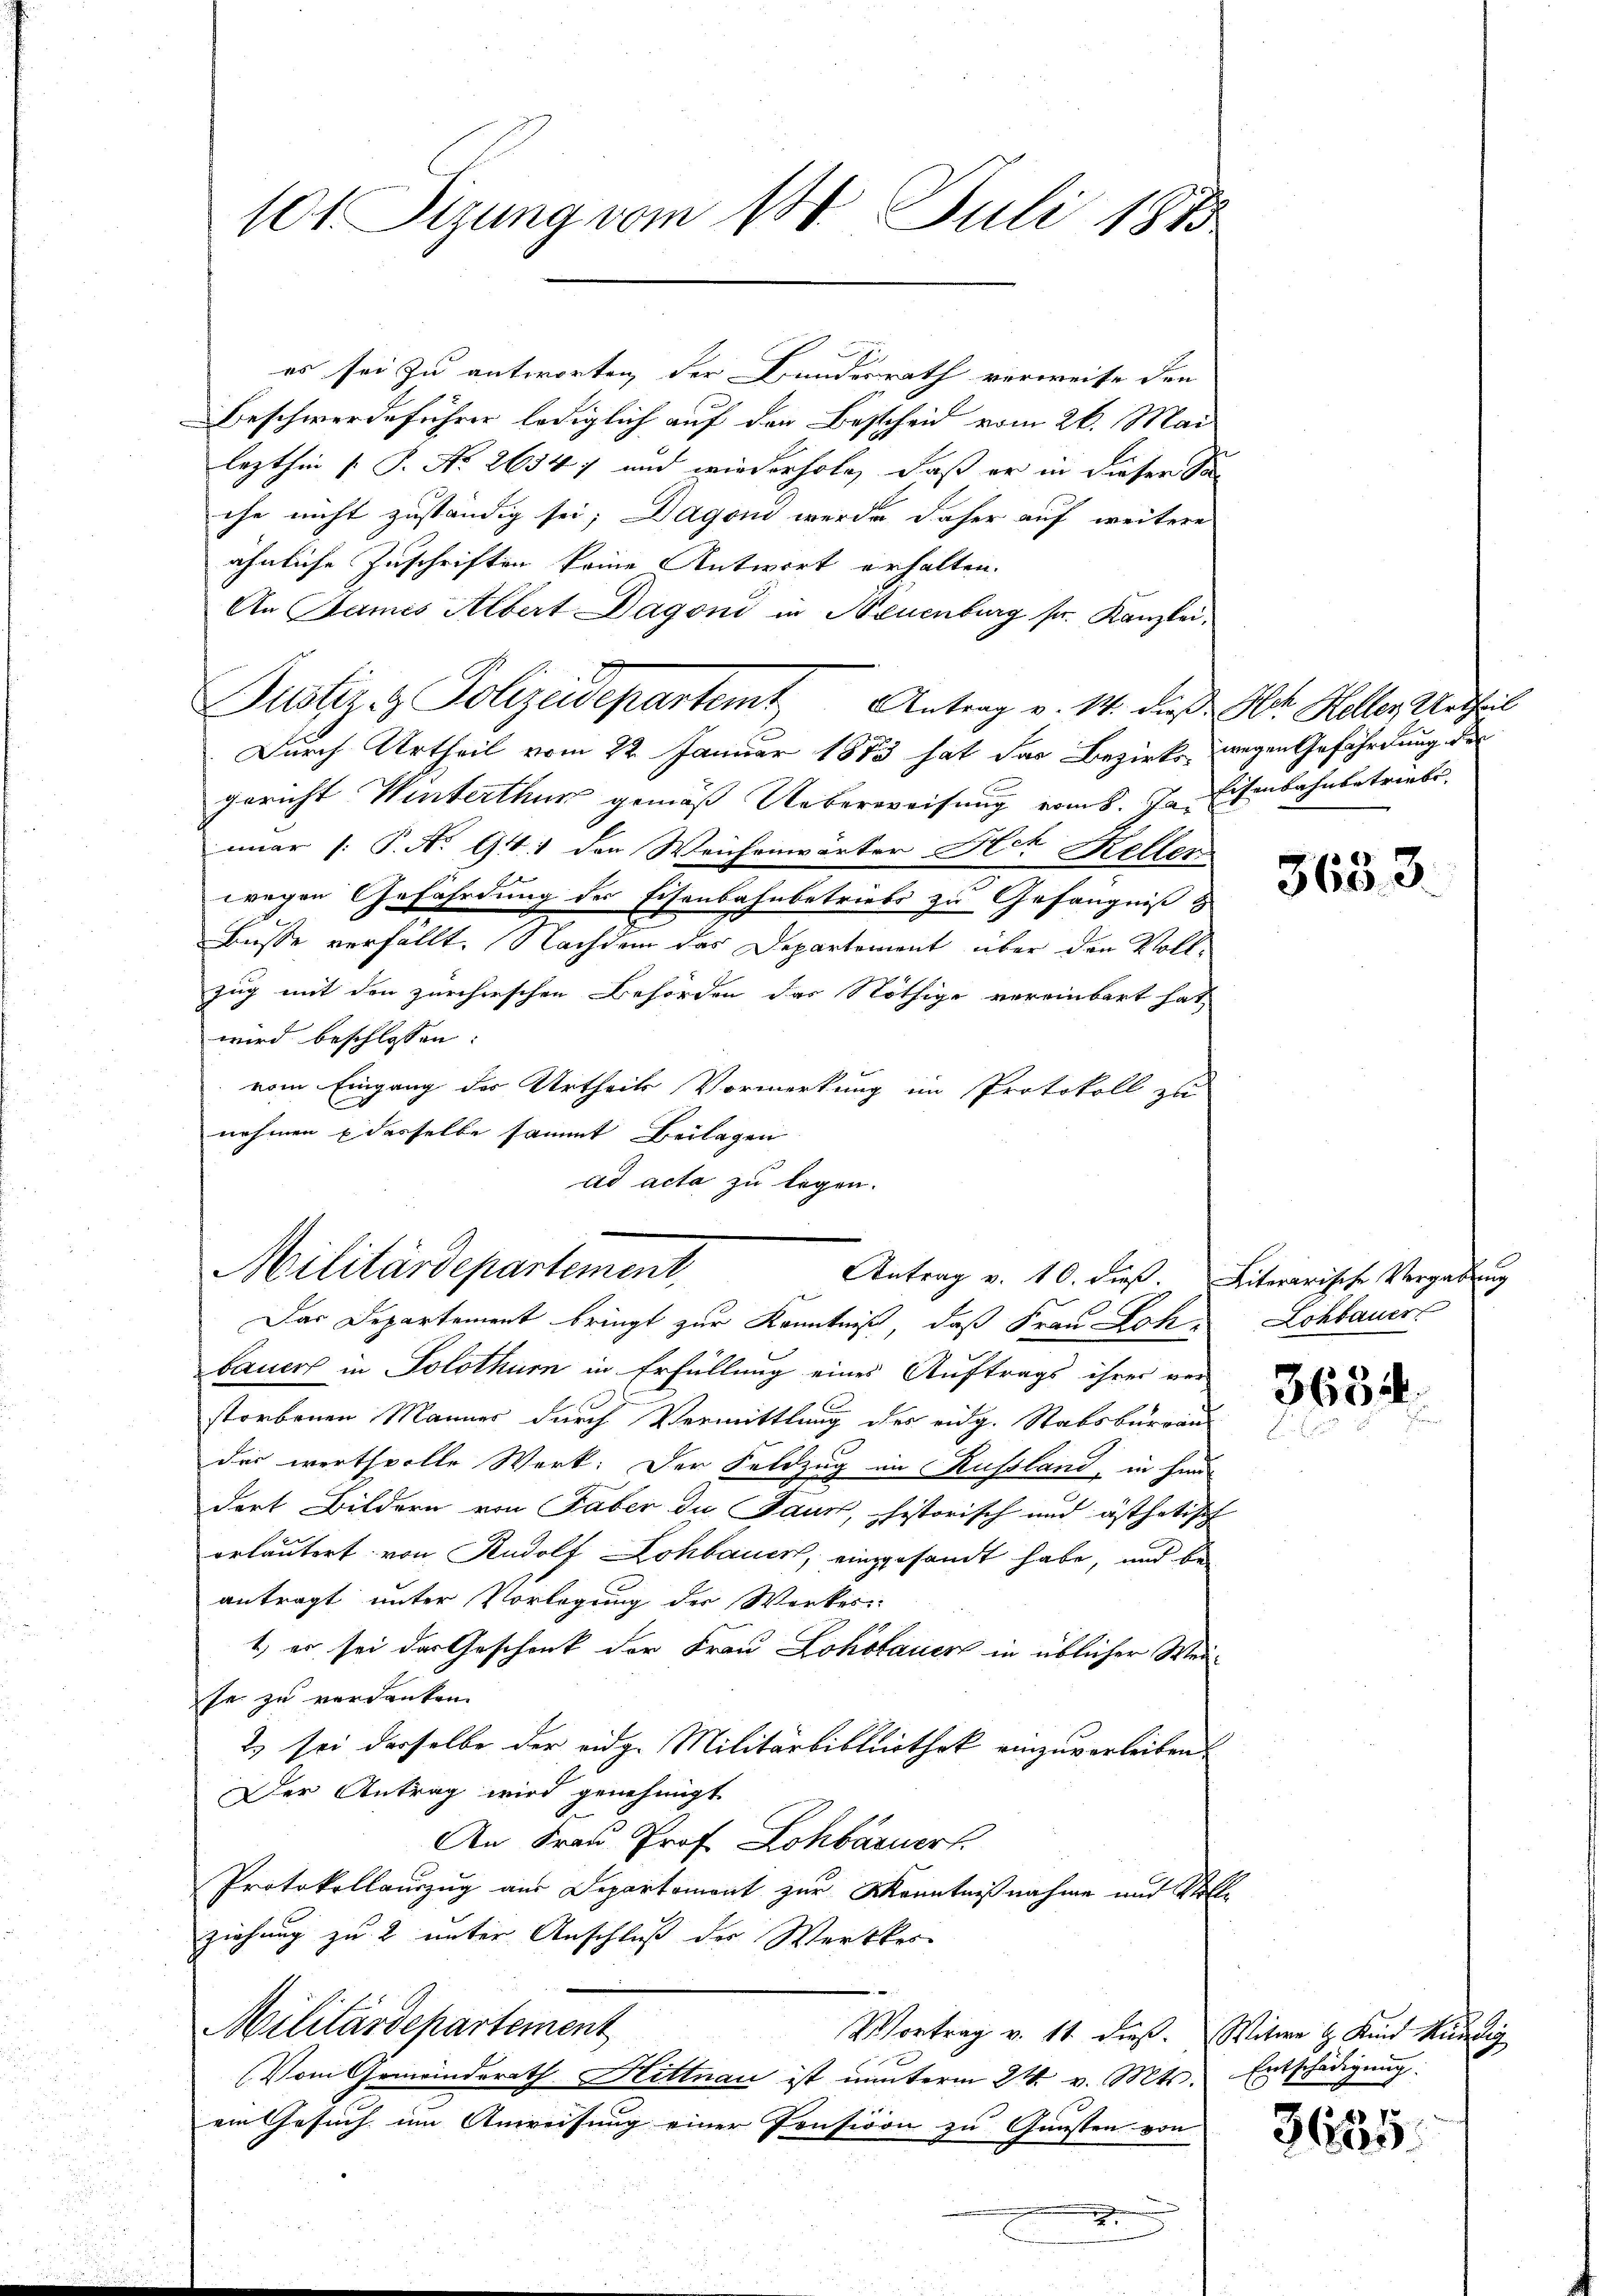
101 Sizung vom 18. Juli 1815

es sei zu antworten, der Bundesrath verweise den
Beschwerdeführer lediglich auf den Bescheid vom 26. Mai
lezthin (: P. Nr. 26547 und wiederhole, daß er in dieser So
che nicht zuständig sei; Dagoni werde daher auf weitere
ähnliche Zuschriften keine Antwort erhalten.
An Bames Albert Dagond in Neuenburg sr. Kanzlei,
Durch Urtheil vom 22. Januar 1883 hat das Bezirks wegen Gefährdung der
gericht Winterthur gemäß Ueberweisung erint. In Eisenbahnbetriebe.
mar [: P. No 941 den Weichenwärter Art Kellen
wegen Gefährdung des Eisenbahnbetriebs zu Gefängniß &
Büsse verfällt. Nachdem das Departement über den Vollzug mit den zürcherschen Behörden das Nöthige vereinbart hat,
wird beschlossen:
vom Eingang des Urtheils Vormerkung im Protokoll zu
nehmen & desselbe sammt Beilagen
ad acta zu legen.

Militärdepartement
Antrag v. 10. dieß.
Das Departement bringt zur Kenntniß, daß Frau Loh

Justiz- & Polizeidepartemt Antrag v. 14. dieß Art. Heller Urtheil
E

bauer in Solothurn in Erfüllung eines Auftrags ihrer ver-
storbenen Männer durch Vermittlung des eidg. Stabsbureaus
der werthvolle Werk: Der Feldzug in Russland, in sind
dort Bildern von Faber die Paur, historisch und ästhetisch
orläutert von Rudolf Lohbauer, eingesandt habe, und be-
antragt unter Vorlegung der Werkes
1, er sei der Geschenk der Frau Lokolauer in üblicher Weise zu verdanken.
2) sei derselbe der eidg. Militärbibliothek einzuverleiben.
Der Antrag wird genehmigt.
An Frau Prof. Lohbarner
Protokollauszug aus Departemont zur Kenntnißnahme und Kolle
ziehung zu 2 unter Anschluß der Werkkes
Militärdepartement
Vortrag v. 11. dieß. Witwe H. Kind kundig
Vom Gemeinderath Hittnau ist nŭnterm 24. v. Mts. Entschädigŭng.
ein Gesuch im Anweisung einer Pension zu Gunsten von
.

3653

Literarische Vergabung
Lohbauer

363.

3685